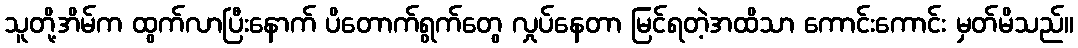
သူတို့အိမ်က ထွက်လာပြီးနောက် ပိတောက်ရွက်တွေ လှုပ်နေတာ မြင်ရတဲ့အထိသာ ကောင်းကောင်း မှတ်မိသည်။